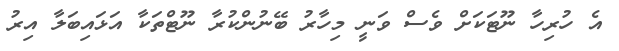
އެ ހުރިހާ ނޫޓަކަށް ވެސް ވަނީ މިހާރު ބޭނުންކުރާ ނޫޓްތަކާ އަޅައިބަލާ އިރު